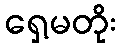
ရှေ့မတိုး